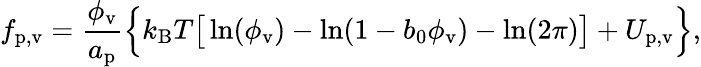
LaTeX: f_{\mathrm{p,v}}=\frac{\phi_{\mathrm{v}}}{a_{\mathrm{p}}}\Big\{ k_{\mathrm{B}}T\big[\ln(\phi_{\mathrm{v}})-\ln(1-b_{0}\phi_{\mathrm{v}})-\ln(2\pi)\big]+U_{\mathrm{p,v}}\Big\} ,